Report on lock hospitals in British Burma
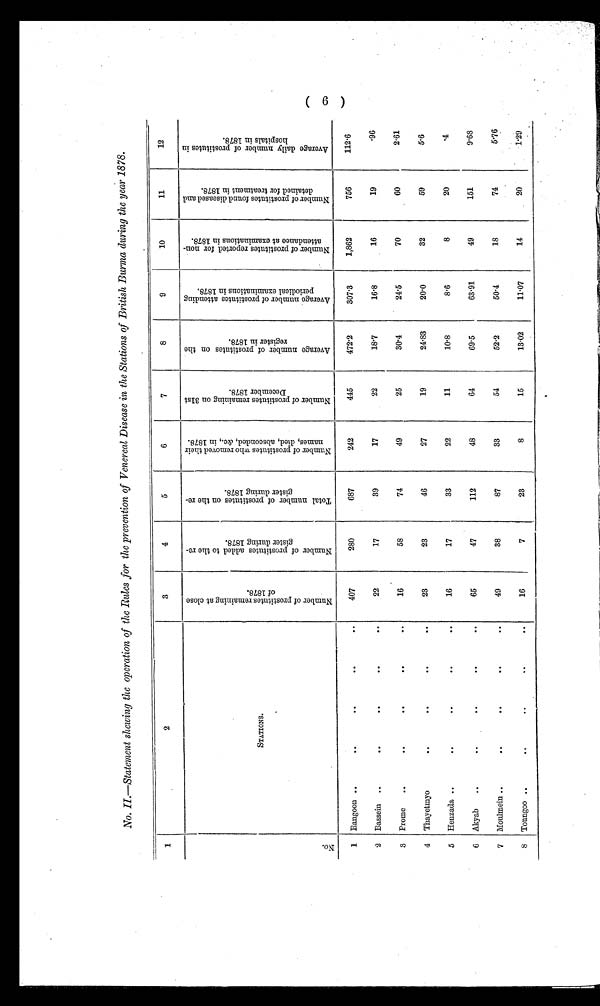
No. H.-Statement shoving the operation of the Rules for the prevention of Venereal Disease in the Stations of British Burma during the year 1878.
3
4
5
6
7
8
9
10
11
12
1
2
N o .
S T A T I O N S .
N u m b e r o f p r o s t i t u t e s r e m a i n i n g a t c l o s e o f 1 8 7 8 .
N u m b e r o f p r o s t i t u t e s a d d e d t o t h e r e - g i s t e r d u r i n g 1 8 7 8 .
T o t a l n u m b e r o f p r o s t i t u t e s o n t h e r e - g i s t e r d u r i n g 1 8 7 8 .
N u m b e r o f p r o s t i t u t e s w h o r e m o v e d t h e i r n a m e s , d i e d ,
a b s c o n d e d , & c . , i n 1 8 7 8 .
N u m b e r o f p r o s t i t u t e s r e m a i n i n g o n 3 1 s t D e c e m b e r 1 8 7 8 .
A v e r a g e n u m b e r o f P r o s t i t u t e s o n t h e r e g i s t e r i n 1 8 7 8 .
A v e r a g e n u m b e r o f P r o s t i t u t e s a t t e n d i n g p e r i o d i c a l e x a m i n a t i o n s i n 1 8 7 8 .
N u m b e r o f p r o s t i t u t e s r e p o r t e d f o r n o n - a t t e n d a n c e a t e x a m i n a t i o n s i n 1 8 7 8 .
N u m b e r o f p r o s t i t u t e s f o u n d d e a s e d a n d d e t a i n e d f o r t r e a t m e n t i n 1 8 7 8 .
A v e r a g e d a i l y n u m b e r o f p r o s t i t u t e s i n h o s p i t a l s i n 1 8 7 8 .
1
Rangoon ..
. .
. .
. .
. .
407
280
687
242
445
472.2
3073
1,862
756
112.6
2
Bassein
..
. .
. .
. .
. .
22
17
39
17
22
18.7
16.8
16
19
96
3
Prome
..
. .
. .
. .
.
.
16
58
74
49
25
30.4
24.5
70
60
2.61
4
Thayetmyo
..
. .
. .
. .
23
23
46
27
19
24.83
20.0
32
59
5.6
5
Henzada ..
. .
. .
. .
. .
16
17
33
22
11
10.8
8.6
8
20
4
6
Akyab
..
..
..
. .
. .
65
47
112
48
64
69.5
63.91
49
151
9.68
7
Moulmein ..
..
.
. . .
. .
49
38
87
33
54
52.2
50.4
18
74
5.76
S
Toungoo ..
. .
. .
. .
. .
16
7
23
8
15
13.02
11.07
14
20
1.29
(6)